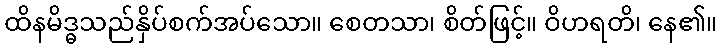
ထိနမိဒ္ဓသည်နှိပ်စက်အပ်သော။ စေတသာ၊ စိတ်ဖြင့်။ ဝိဟရတိ၊ နေ၏။